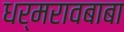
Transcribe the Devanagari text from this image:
धर्मरावबाबा